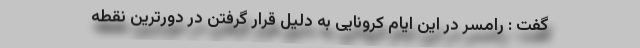
گفت : رامسر در این ایام کرونایی به دلیل قرار گرفتن در دورترین نقطه